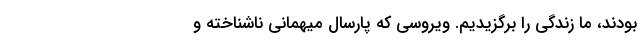
بودند، ما زندگی را برگزیدیم. ویروسی که پارسال میهمانی ناشناخته و